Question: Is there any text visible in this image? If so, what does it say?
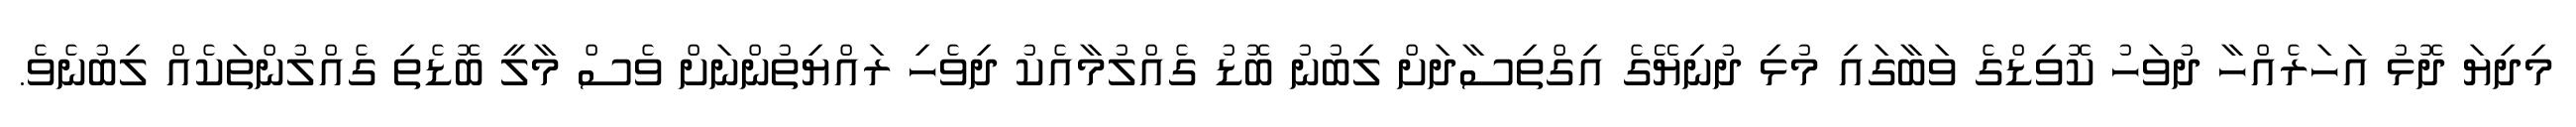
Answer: މިދިޔަ ދޮޅު އަހަރެއްހާ ދުވަހު ކޮވިޑްގެ ވަބާގައި މުޅި ދުނިޔޭގެ އިގްތިސާދަށް ލިބުނު ބޮޑު ގެއްލުމާއެކު ދިވެހި ރައްޔިތުންނަށް ވެސް މާލީ ބޮޑެތި ގެއްލުންތަކެއް ލިބުނެވެ.